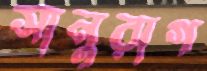
সানুরাগ